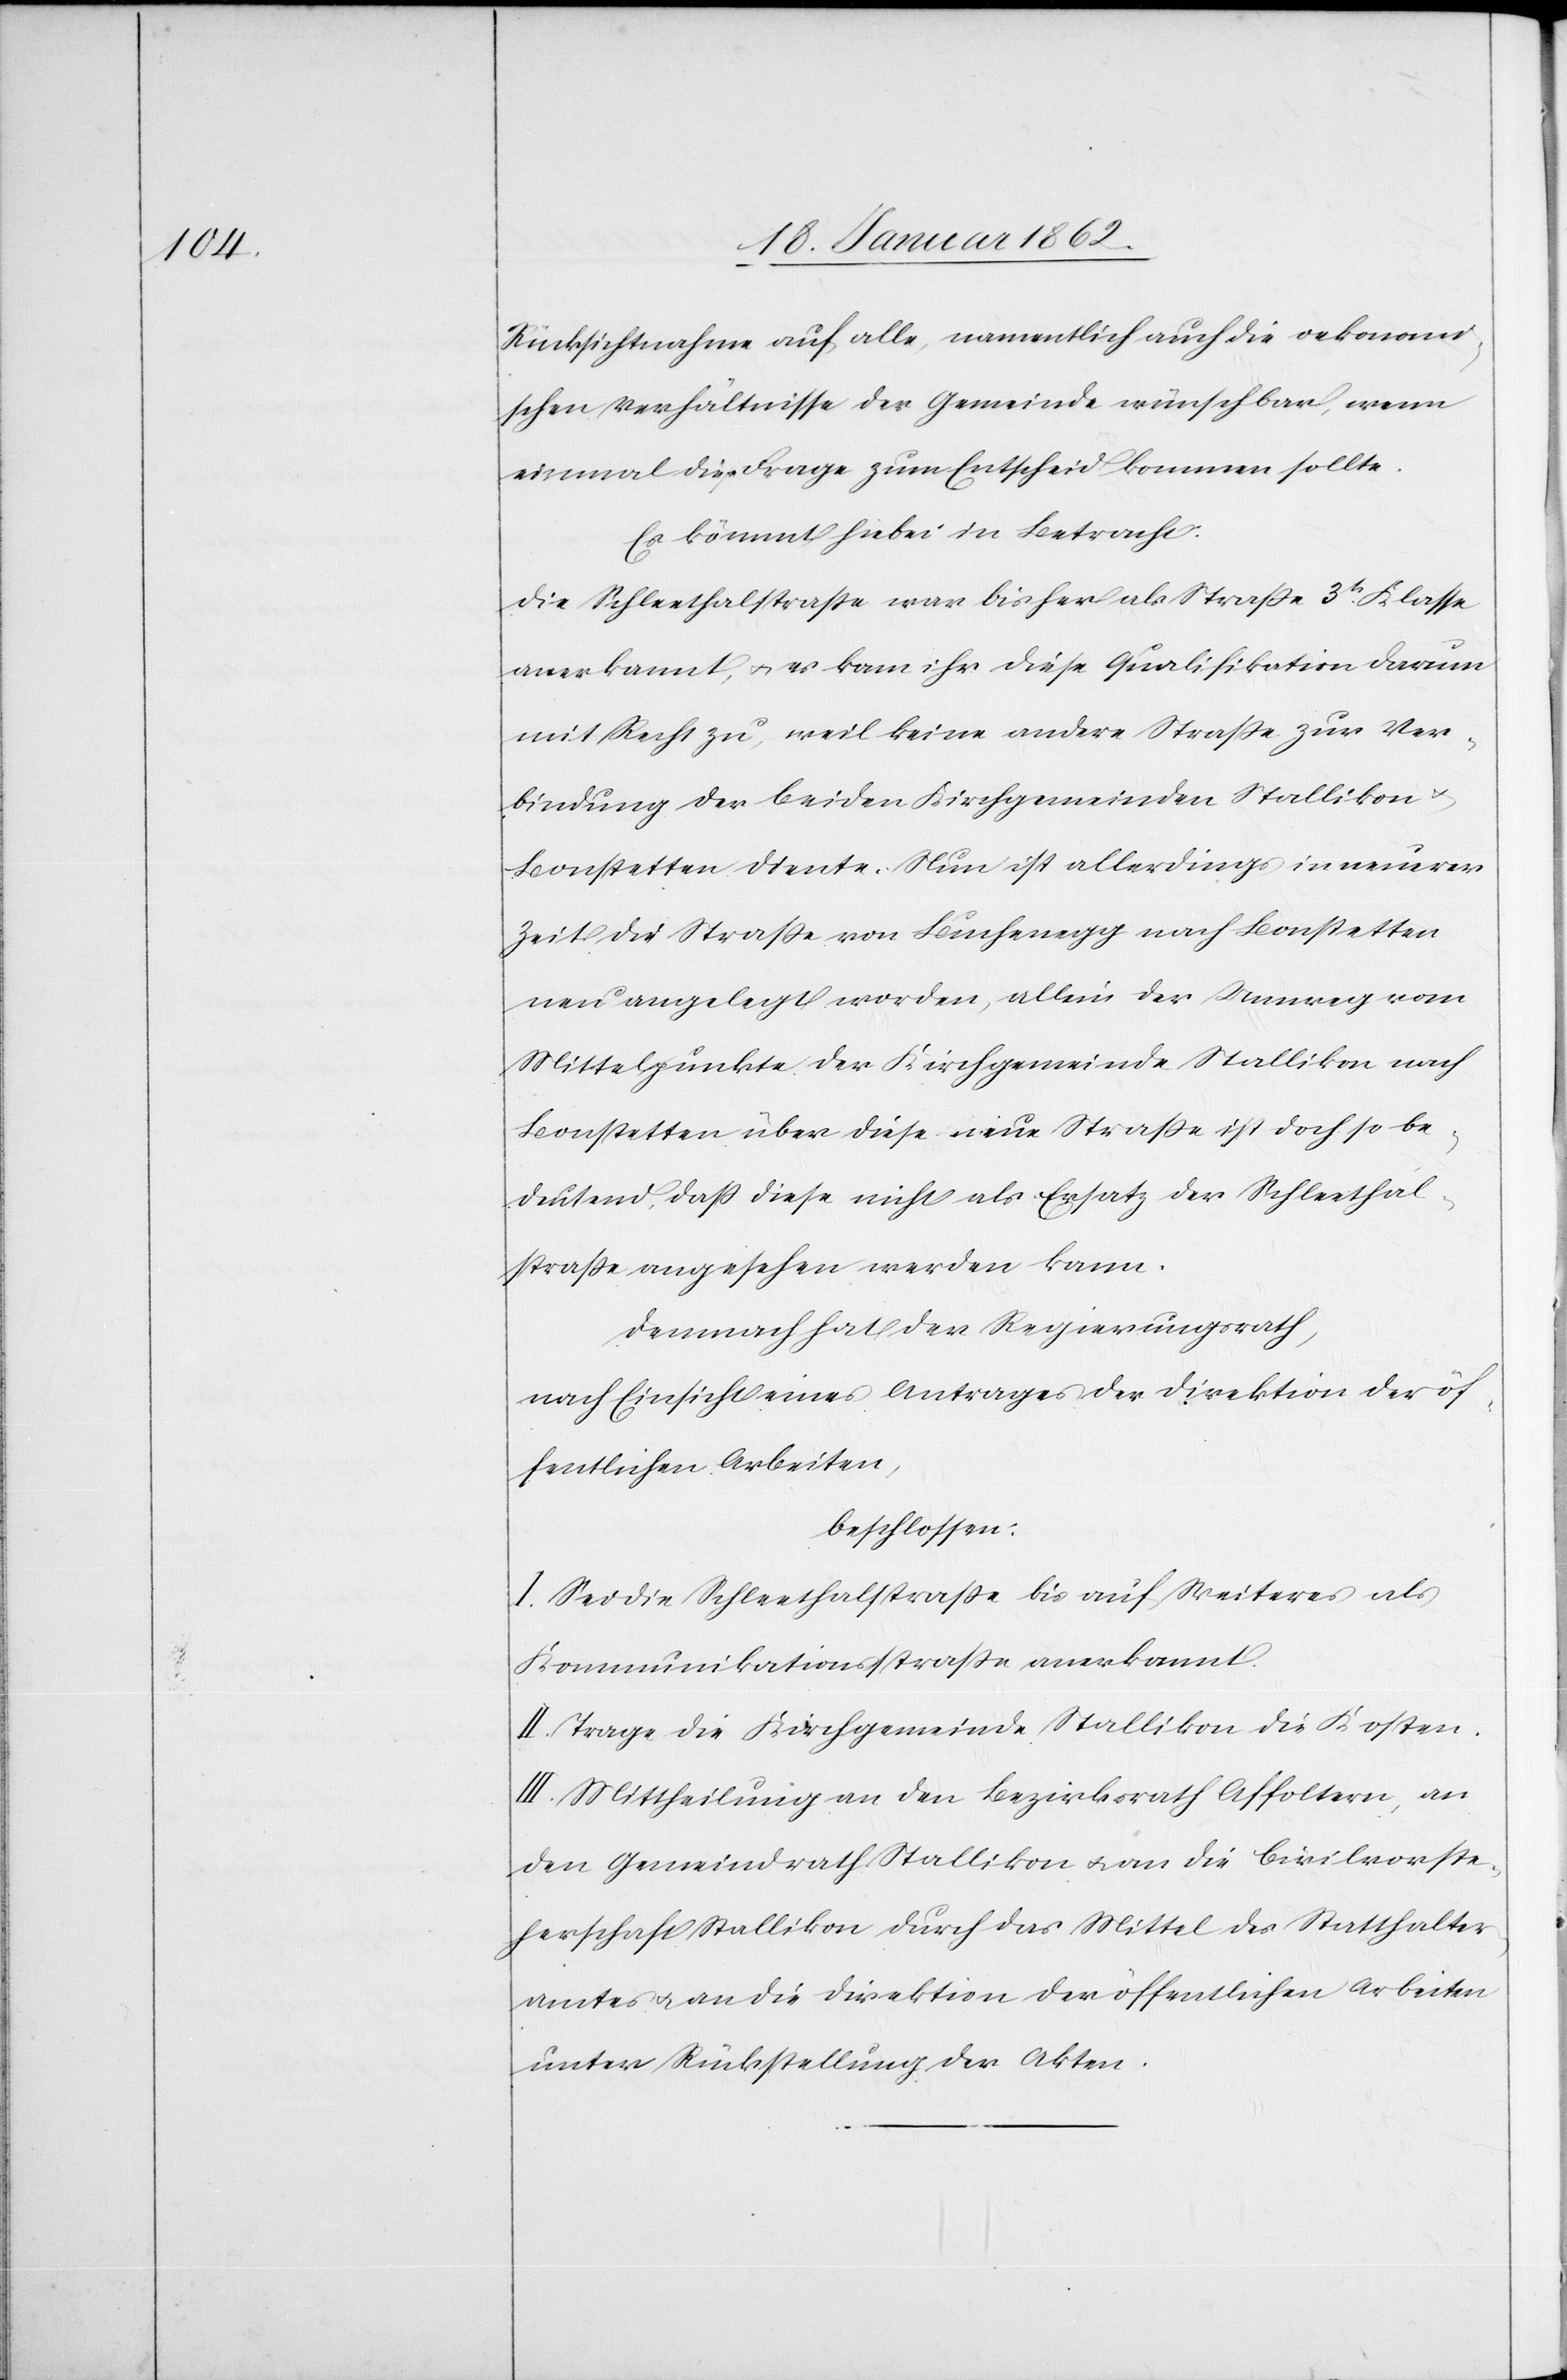
Rücksichtnahme auf alle, namentlich auch die oekonomi¬
schen Verhältnisse der Gemeinde wünschbar, wenn
einmal die Frage zum Entscheid kommen sollte.
Es kömmt hiebei in Betracht:
Die Schleethalstraße war bisher als Straße 3tr. Klasse
anerkannt, u. es kam ihr diese Qualifikation darum
mit Recht zu, weil keine andere Straße zur Ver¬
bindung der beiden Kirchgemeinden Stallikon
Bonstetten diente. Nun ist allerdings in neuerer
Zeit die Straße von Buchenegg nach Bonstetten
neu angelegt worden, allein der Umweg vom
Mittelpunkte der Kirchgemeinde Stallikon nach
Bonstetten über diese neue Straße ist doch so be¬
deutend, daß diese nicht als Ersatz der Schleethal¬
straße angesehen werden kann.
Demnach hat der Regierungsrath,
nach Einsicht eines Antrages der Direktion der öf¬
fentlichen Arbeiten,
beschlossen:
I. Sei die Schleethalstraße bis auf Weiteres als
Kommunikationsstraße anerkannt.
II. Trage die Kirchgemeinde Stallikon die Kosten.
III. Mittheilung an den Bezirksrath Affoltern, an
den Gemeindrath Stallikon u. an die Civilvorste¬
herschaft Stallikon durch das Mittel des Statthalter¬
amtes u. an die Direktion der öffentlichen Arbeiten
unter Rückstellung der Akten.